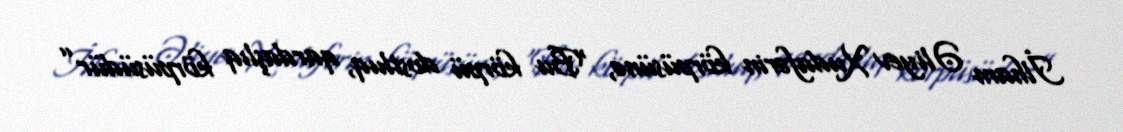
İlham Əliyev Xudafərin körpüsünə, “Bu körpü dostluq, qardaşlıq körpüsüdür”